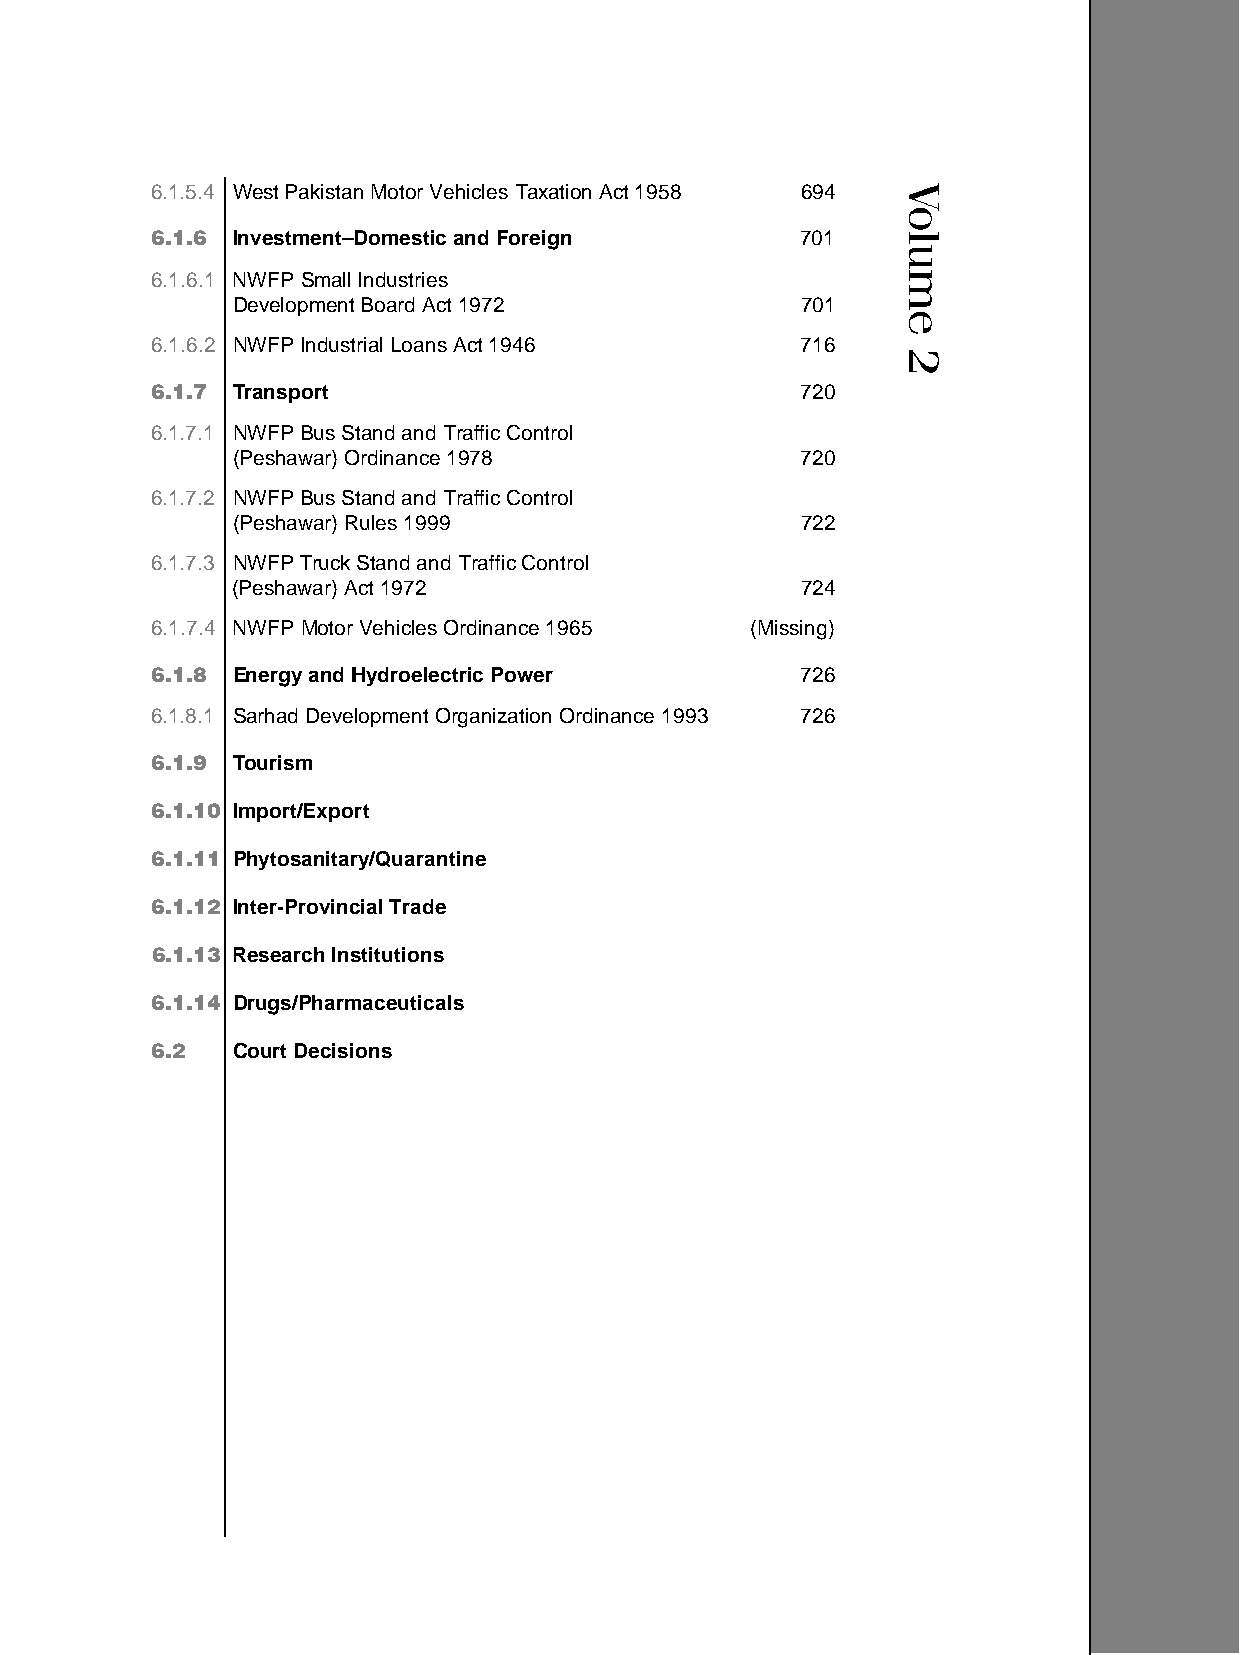
6.1.5.4 West Pakistan Motor Vehicles Taxation Act 1958 694
 6.1.6 Investment–Domestic and Foreign      701
 6.1.6.1 NWFP Small Industries
 Development Board Act 1972            701
 6.1.6.2 NWFPIndustrial Loans Act 1946      716
 6.1.7 Transport                            720
 6.1.7.1 NWFPBus Stand and Traffic Control
 (Peshawar) Ordinance 1978             720
 6.1.7.2 NWFPBus Stand and Traffic Control
 (Peshawar) Rules 1999                 722
 6.1.7.3 NWFPTruck Stand and Traffic Control
 (Peshawar) Act 1972                   724
 6.1.7.4 NWFP Motor Vehicles Ordinance 1965 (Missing)
 6.1.8 Energy and Hydroelectric Power       726
 6.1.8.1 Sarhad Development Organization Ordinance 1993 726
 6.1.9 Tourism
 6.1.10 Import/Export
 6.1.11 Phytosanitary/Quarantine
 6.1.12 Inter-Provincial Trade
 6.1.13 Research Institutions
 6.1.14 Drugs/Pharmaceuticals
 6.2  Court Decisions